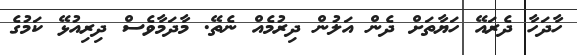
ހާދަހާ ދެރައޭ ހަޔާތަށް ދެން އަލުން ދިރުމެއް ނެތޭ. މާދަމާވެސް ދިރިއުޅޭ ކަމުގެ